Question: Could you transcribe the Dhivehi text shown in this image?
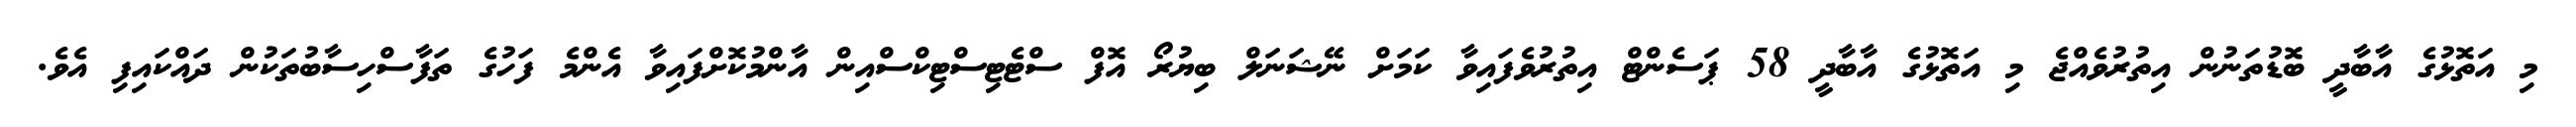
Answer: މި އަތޮޅުގެ އާބާދީ ބޮޑުތަނުން އިތުރުވެއްޖެ މި އަތޮޅުގެ އާބާދީ 58 ޕަސެންޓް އިތުރުވެފައިވާ ކަމަށް ނޭޝަނަލް ބިޔުރޯ އޮފް ސްޓެޓިސްޓިކްސްއިން އާންމުކޮށްފައިވާ އެންމެ ފަހުގެ ތަފާސްހިސާބުތަކުން ދައްކައިފި އެވެ.